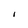
Character: I